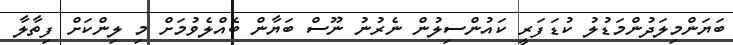
ބަޔަންމިލަދުންމަޑުލު ކުޑަފަރީ ކައުންސިލުން ނެރުނު ނޫސް ބަޔާން ބެއްލެވުމަށް މި ލިންކަށް ފިތާލާ